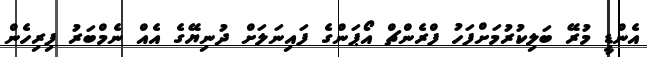
އެންޑީ މުރޭ ބަލިކުރުމަށްފަހު ފްރެންޗް އޯޕަންގެ ފައިނަލަށް ދުނިޔޭގެ އެއް ނެމްބަރު ފިރިހެން